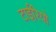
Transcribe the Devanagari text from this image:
टाईरियो